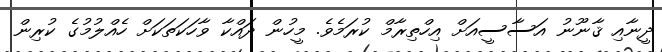
ދީނާއި ޤާނޫނު އަސާސީއަށް އިހްތިރާމް ކުރަމެވެ. މީހުން ދައްކާ ވާހަކަތަކަށް ހެއްލުމުގެ ކުރިން